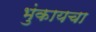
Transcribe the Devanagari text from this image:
भुंकायचा